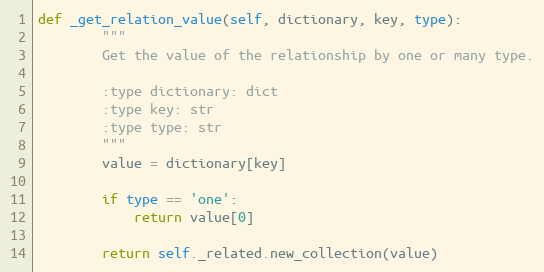
Language: Python
def _get_relation_value(self, dictionary, key, type):
        """
        Get the value of the relationship by one or many type.

        :type dictionary: dict
        :type key: str
        :type type: str
        """
        value = dictionary[key]

        if type == 'one':
            return value[0]

        return self._related.new_collection(value)